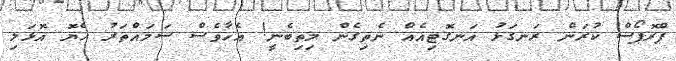
ޕްރޮޕޯސް ކުރަން ރަނގަޅު އަނގޮޓިއެއް ނެތިގެން މިތިބެނީ! އެހާވެސް ސަމައްތަރު ހެޔޮ އޮޅަލި